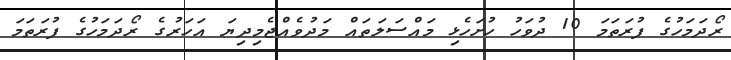
ރޯދަމަހުގެ ފުރަތަމަ 10 ދުވަހު ހުށަހެޅި މައްސަލަތައް މަދުވެއްޖެމިދިޔަ އަހަރުގެ ރޯދަމަހުގެ ފުރަތަމަ